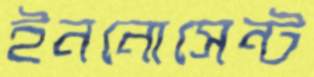
ইননোসেন্ট